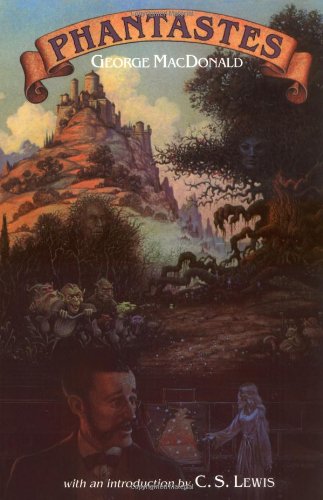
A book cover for Phantastes; George Macdonald; Christian Books & Bibles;